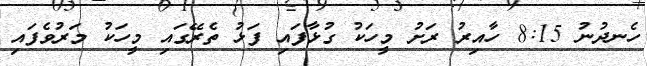
ހެނދުނު 8:15 ހާއިރު ރަށު މީހަކު ގުޅާފައި ފަޅު ތެރޭގައި މީހަކު މަރުވެފައި